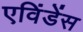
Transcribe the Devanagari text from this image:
एविंडेंस